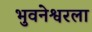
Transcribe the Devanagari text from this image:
भुवनेश्वरला